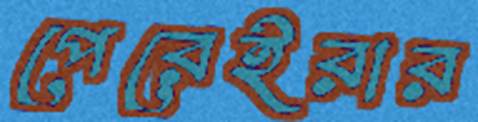
পেরেইরার